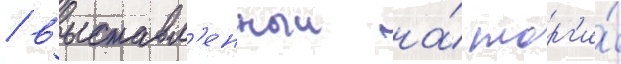
/ выставл'енныи на́ торг'и́